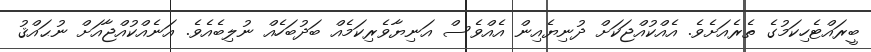
ބީރައްޓެހިކަމުގެ ތެރެއަށެވެ. އެއްކުއްޖަކަށް ދުނިޔެއިން އެއްވެސް އަނިޔާވެރިކަމެއް ބަދުބަހެއް ނުލިބެއެވެ. އަނެއްކުއްޖާއަށް ނުޙައްޤު